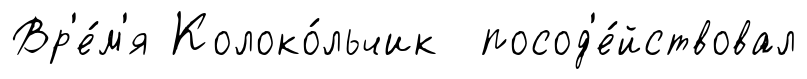
Вр'е́м'я Колоко́льчик посод'е́йствовал